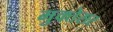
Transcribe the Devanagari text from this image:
मुक्तेसर